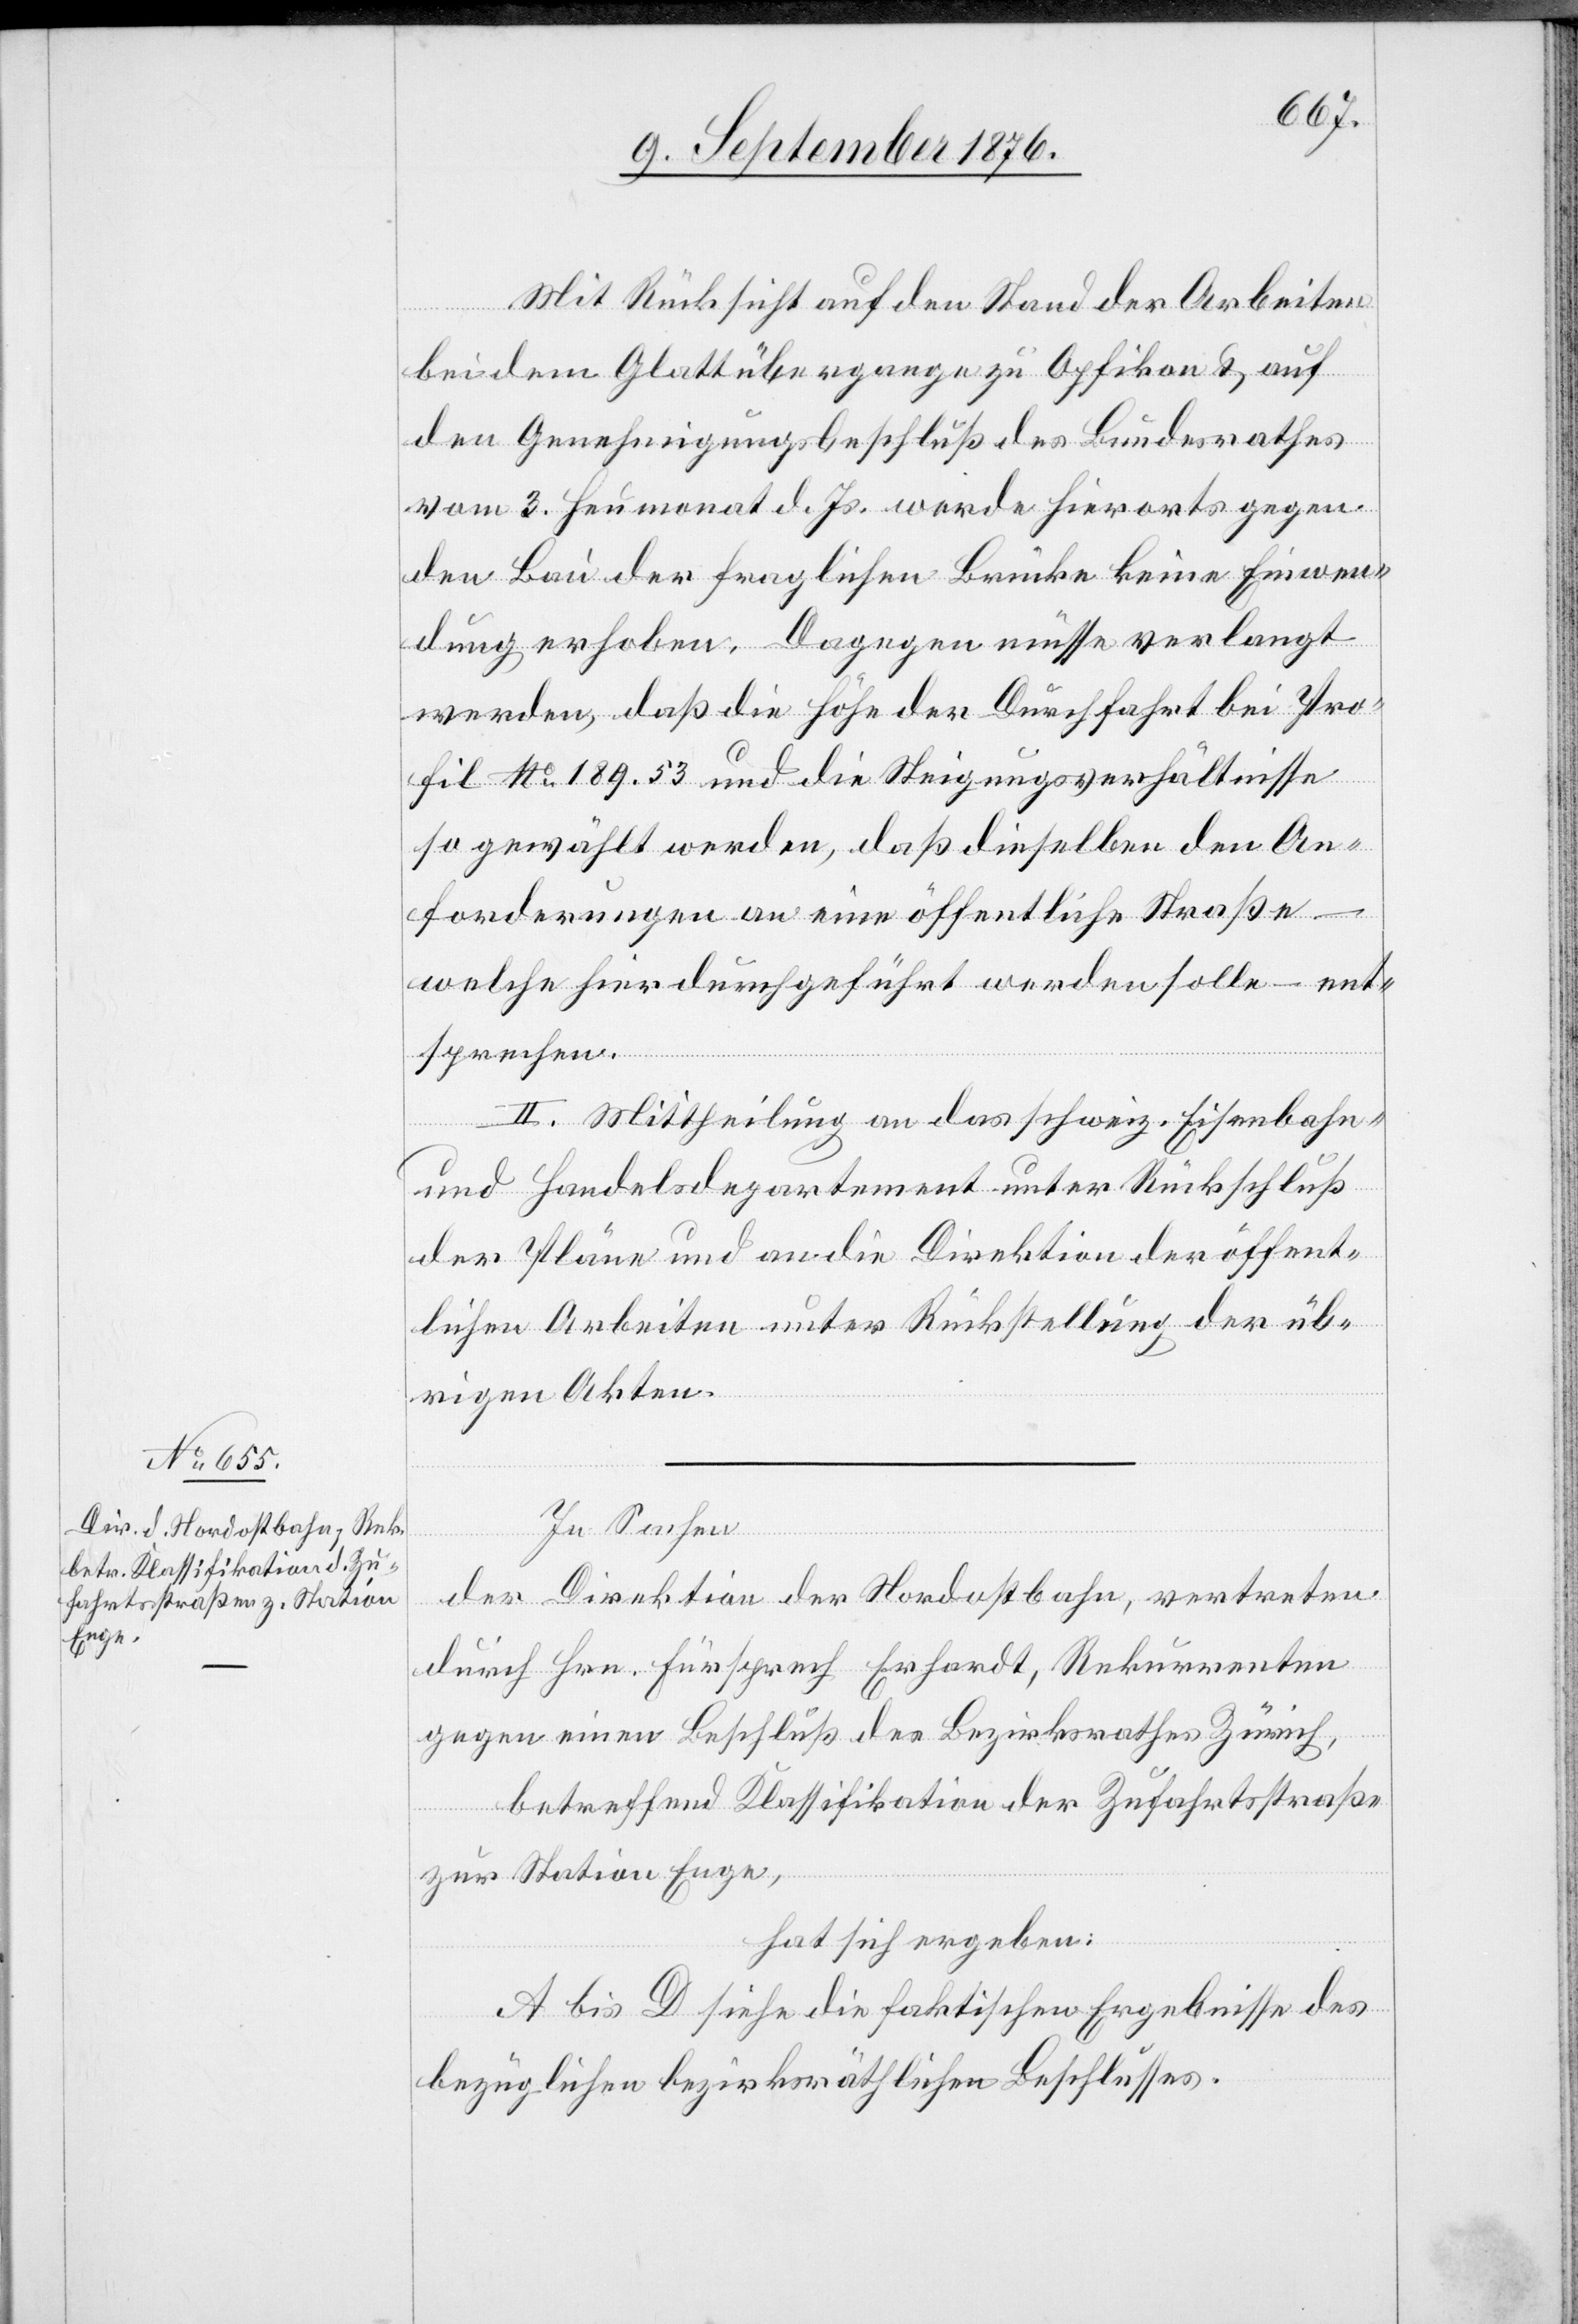
Mit Rücksicht auf den Stand der Arbeiten
bei dem Glattübergange zu Opfikon & auf
den Genehmigungsbeschluß des Bundesrathes
vom 3. Heumonat d. Js. werde hierorts gegen
den Bau der fraglichen Brücke keine Einwen¬
dung erhoben. Dagegen müsse verlangt
werden, daß die Höhe der Durchfahrt bei Pro¬
fil No 189.53 und die Steigungsverhältnisse
so gewählt werden, daß dieselben den An¬
forderungen an eine öffentliche Straße –
welche hierdurchgeführt werden solle – ent¬
sprechen.
II. Mittheilung an das schweiz. Eisenbahn-
und Handelsdepartement unter Rückschluß
der Pläne und an die Direktion der öffent¬
lichen Arbeiten unter Rückstellung der üb¬
rigen Akten.